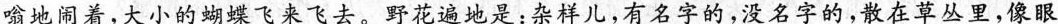
嗡地闹着，大小的蝴蝶飞来飞去。野花遍地是：杂样儿，有名字的，没名字的，散在草丛里，像眼